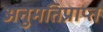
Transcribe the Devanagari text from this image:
अनुमतिप्राप्त